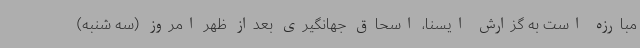
مبارزه است به گزارش ایسنا، اسحاق جهانگیری بعداز ظهر امروز (سه شنبه)